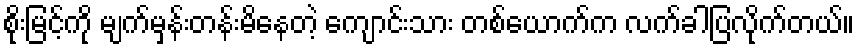
စိုးမြင့်ကို မျက်မှန်းတန်းမိနေတဲ့ ကျောင်းသား တစ်ယောက်က လက်ခါပြလိုက်တယ်။